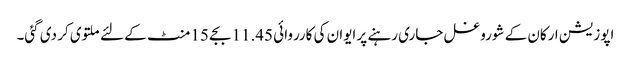
اپوزیشن ارکان کے شوروغل جاری رہنے پر ایوان کی کارروائی 11.45 بجے 15 منٹ کے لئے ملتوی کر دی گئی۔